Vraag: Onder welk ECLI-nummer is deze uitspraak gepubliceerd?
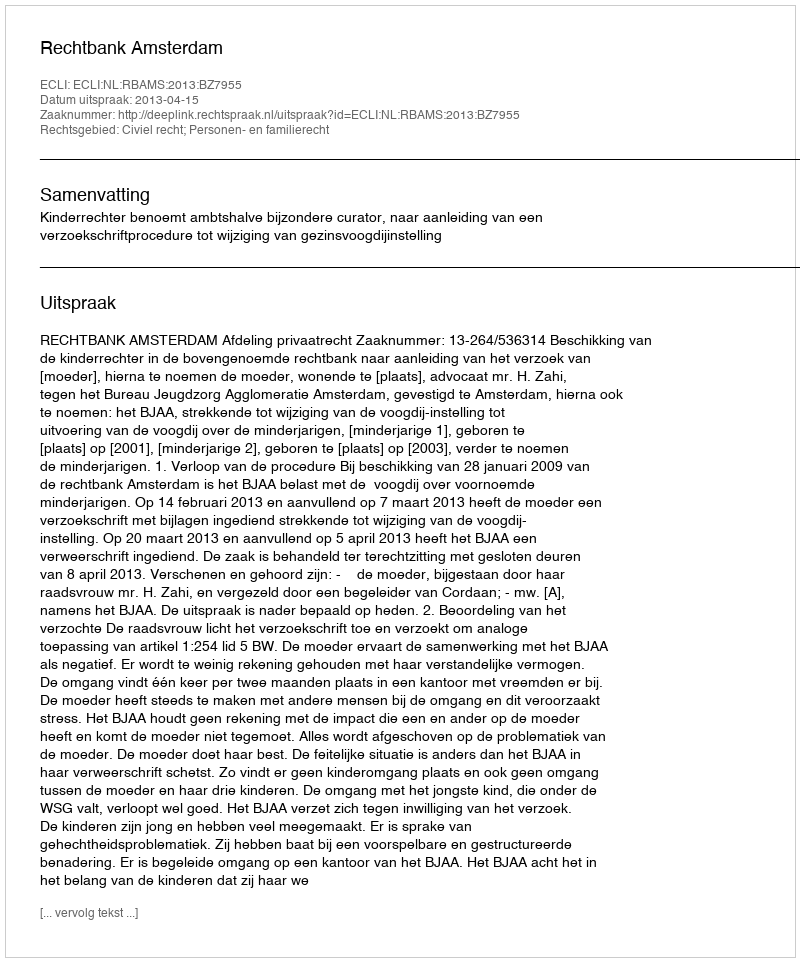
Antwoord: ECLI:NL:RBAMS:2013:BZ7955